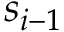
s _ { i - 1 }